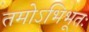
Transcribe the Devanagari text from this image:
तमोऽभिभूतः